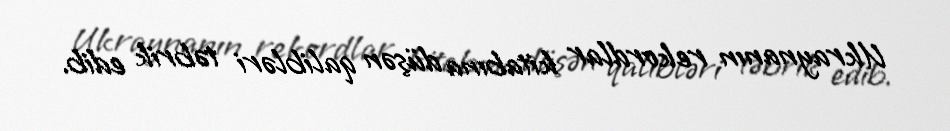
Ukraynanın rekordlar kitabına düşən qalibləri təbrik edib.